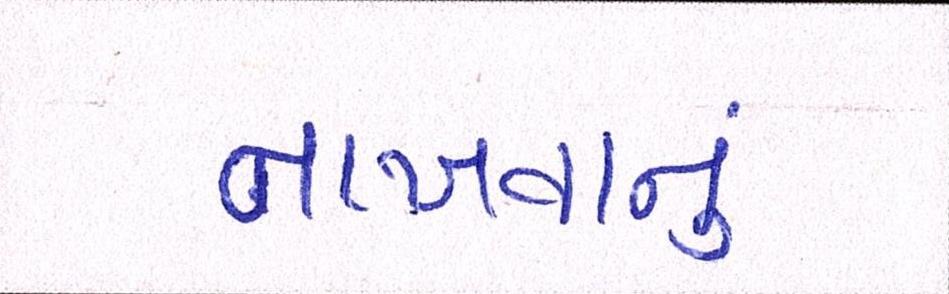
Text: નાખવાનું